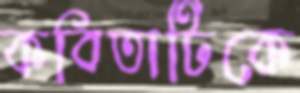
কবিতাটিকে